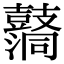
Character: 𪔦